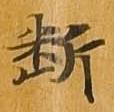
断